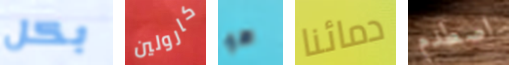
بكل كارولين هو دمائنا اصطدم